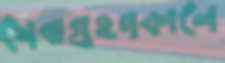
সেবাগ্রহণকালে